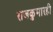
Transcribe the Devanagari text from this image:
राजकुमारही